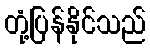
တုံ့ပြန်နိုင်သည်